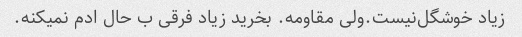
زیاد خوشگل‌نیست.ولی مقاومه. بخرید زیاد فرقی ب حال ادم نمیکنه.